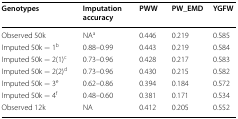
<table><thead><tr><td><b>Genotypes</b></td><td><b>Imputation accuracy</b></td><td><b>PWW</b></td><td><b>PW_EMD</b></td><td><b>YGFW</b></td></tr></thead><tbody><tr><td>Observed 50k</td><td>NA<sup>a</sup></td><td>0.446</td><td>0.219</td><td>0.585</td></tr><tr><td>Imputed 50k − 1<sup>b</sup></td><td>0.88–0.99</td><td>0.443</td><td>0.219</td><td>0.584</td></tr><tr><td>Imputed 50k − 2(1)<sup>c</sup></td><td>0.73–0.96</td><td>0.428</td><td>0.217</td><td>0.583</td></tr><tr><td>Imputed 50k − 2(2)<sup>d</sup></td><td>0.73–0.96</td><td>0.430</td><td>0.215</td><td>0.582</td></tr><tr><td>Imputed 50k − 3<sup>e</sup></td><td>0.62–0.86</td><td>0.394</td><td>0.184</td><td>0.572</td></tr><tr><td>Imputed 50k − 4<sup>f</sup></td><td>0.48–0.60</td><td>0.381</td><td>0.171</td><td>0.534</td></tr><tr><td>Observed 12k</td><td>NA</td><td>0.412</td><td>0.205</td><td>0.552</td></tr></tbody></table>